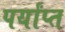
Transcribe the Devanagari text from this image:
पर्यांप्त